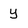
Character: y